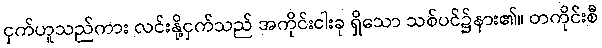
ငှက်ဟူသည်ကား လင်းနို့ငှက်သည် အကိုင်းငါးခု ရှိသော သစ်ပင်၌နား၏။ တကိုင်းစီ